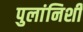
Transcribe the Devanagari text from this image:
पुलांनिशी